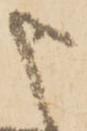
申